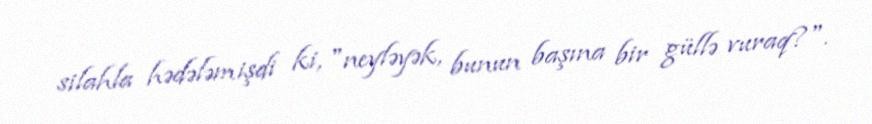
silahla hədələmişdi ki, "neyləyək, bunun başına bir güllə vuraq?".